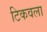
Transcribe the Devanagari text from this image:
टिकवला